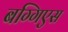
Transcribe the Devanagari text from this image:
बग्गिएस